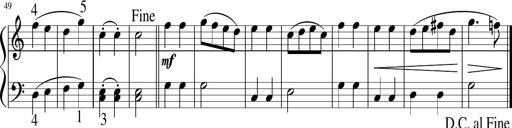
Title: 6 Instructive Sonatinas
Composer: Jacob Schmitt